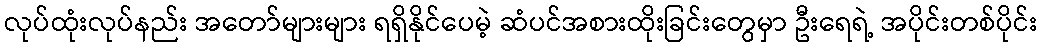
လုပ်ထုံးလုပ်နည်း အတော်များများ ရရှိနိုင်ပေမဲ့ ဆံပင်အစားထိုးခြင်းတွေမှာ ဦးရေရဲ့ အပိုင်းတစ်ပိုင်း